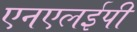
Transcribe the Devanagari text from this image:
एनएलईपी